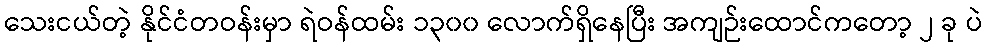
သေးငယ်တဲ့ နိုင်ငံတဝန်းမှာ ရဲဝန်ထမ်း ၁၃၀၀ လောက်ရှိနေပြီး အကျဉ်းထောင်ကတော့ ၂ ခု ပဲ